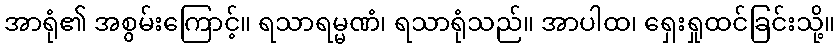
အာရုံ၏ အစွမ်းကြောင့်။ ရသာရမ္မဏံ၊ ရသာရုံသည်။ အာပါထ၊ ရှေးရှုထင်ခြင်းသို့။